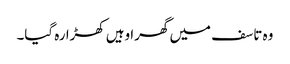
وہ تاسف میں گھرا وہیں کھڑا رہ گیا۔